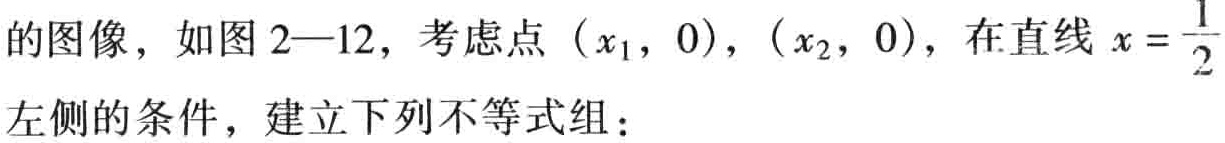
的图像，如图2—12，考虑点\((x_1,0)\)，\((x_2,0)\)，在直线\(x = \frac{1}{2}\)左侧的条件，建立下列不等式组：